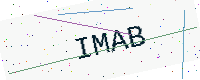
Text: IMAB